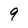
Character: 9